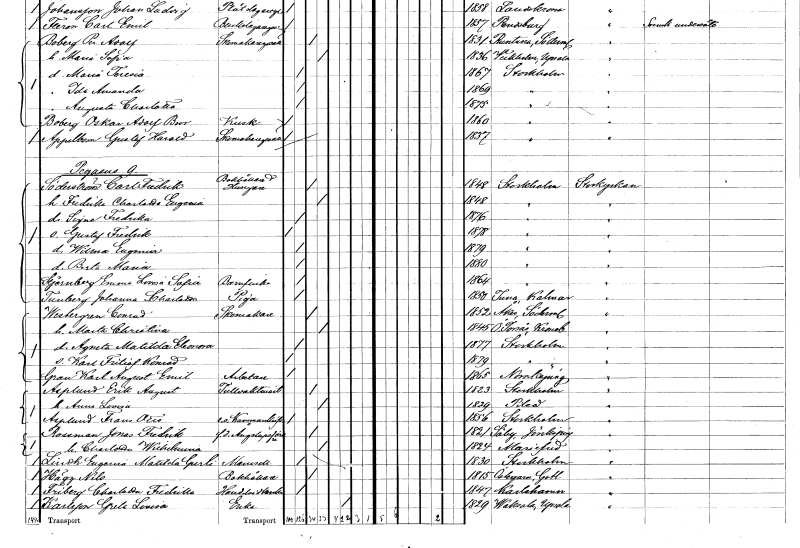
gt_parse: households: individuals: FN: Carl Fredrik
EN: Söderström
YRKE: Bokhållare Husägare
KON: M
CIV: G
FODAR: 1848
FODFORS: Stockholm
FN: Fredrika Charlotta Eugenia
KON: K
CIV: G
FODAR: 1848
FODFORS: Stockholm
FN: Signe Fredrika
KON: K
CIV: O
FODAR: 1876
FODFORS: Stockholm
FN: Gustaf Fredrik
KON: M
CIV: O
FODAR: 1878
FODFORS: Stockholm
FN: Wilma Eugenia
KON: K
CIV: O
FODAR: 1879
FODFORS: Stockholm
FN: Berta Maria
KON: K
CIV: O
FODAR: 1880
FODFORS: Stockholm
FN: Emma Lovisa Sofia
EN: Stjernberg
YRKE: Barnflicka
KON: K
CIV: O
FODAR: 1864
FODFORS: Stockholm
FN: Johanna Charlotta
EN: Tunberg
YRKE: Piga
KON: K
CIV: O
FODAR: 1850
FODFORS: Tuna Kalmar län
FN: Conrad
EN: Westergren
YRKE: Skomakare
KON: M
CIV: G
FODAR: 1852
FODFORS: Åker Södermanlands län
FN: Marta Christina
KON: K
CIV: G
FODAR: 1845
FODFORS: Östra Torsås Kronobergs län
FN: Augusta Matilda Eleonora
KON: K
CIV: O
FODAR: 1877
FODFORS: Stockholm
FN: Karl Fritiof Konrad
KON: M
CIV: O
FODAR: 1879
FODFORS: Stockholm
FN: Karl August Emil
EN: Gran
YRKE: Arbetare
KON: M
CIV: O
FODAR: 1865
FODFORS: Norrköping Östergötlands län
FN: Erik August
EN: Asplund
YRKE: Tullvaktmästare
KON: M
CIV: G
FODAR: 1823
FODFORS: Stockholm
FN: Anna Lovisa
KON: K
CIV: G
FODAR: 1829
FODFORS: Piteå Norrbottens län
FN: Frans Otto
EN: Asplund
YRKE: Kammarskrivare e. o.
KON: M
CIV: O
FODAR: 1856
FODFORS: Stockholm
FN: Jonas Fredrik
EN: Rosenman
YRKE: Ångslupsförare f.d.
KON: M
CIV: G
FODAR: 1821
FODFORS: Säby Jönköpings län
FN: Charlotta Wilhelmina
KON: K
CIV: G
FODAR: 1824
FODFORS: Mariefred Södermanlands län
FN: Eugenia Matilda Gurli
EN: Lindh
KON: K
CIV: O
FODAR: 1830
FODFORS: Stockholm
FN: Nils
EN: Hägg
YRKE: Bokhållare
KON: M
CIV: O
FODAR: 1815
FODFORS: Östergarn Gotlands län
FN: Charlotta Fredrika
EN: Friberg
YRKE: Handelsidkerska
KON: K
CIV: O
FODAR: 1847
FODFORS: Karlshamn Blekinge län
FN: Greta Lovisa
EN: Karlsson
YRKE: Änka
KON: K
CIV: E
FODAR: 1829
FODFORS: Vaksala Uppsala län